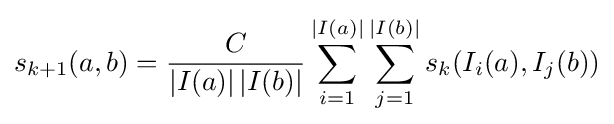
s_{k+1}(a,b)={\frac {C}{\left|I(a)\right|\left|I(b)\right|}}\sum _{i=1}^{\left|I(a)\right|}\sum _{j=1}^{\left|I(b)\right|}s_{k}(I_{i}(a),I_{j}(b))